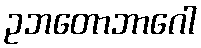
ဥဘတောဘာဂေါ